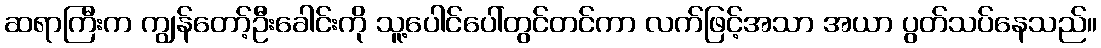
ဆရာကြီးက ကျွန်တော့်ဦးခေါင်းကို သူ့ပေါင်ပေါ်တွင်တင်ကာ လက်ဖြင့်အသာ အယာ ပွတ်သပ်နေသည်။